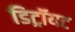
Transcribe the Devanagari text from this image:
डिट्रॉयट